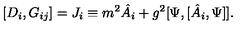
[ D _ { i } , G _ { i j } ] = J _ { i } \equiv m ^ { 2 } \hat { A } _ { i } + g ^ { 2 } [ \Psi , [ \hat { A } _ { i } , \Psi ] ] .